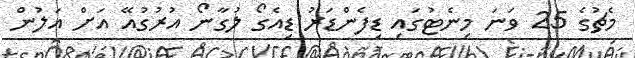
މެޗުގެ 25 ވަނަ މިނެޓުގައި ޑިފެންޑަރު ޑިއެގޯ ލުގާނޯ އުރުގުއޭ އަށް އަލުން